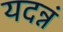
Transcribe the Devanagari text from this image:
यदन्नं